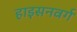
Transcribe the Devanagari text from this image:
हाइसनवर्ग